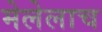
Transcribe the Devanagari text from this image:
मेलेलाच